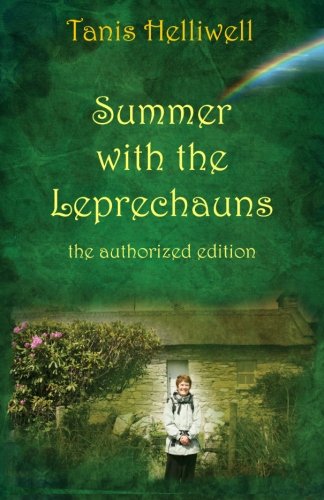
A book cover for Summer with the Leprechauns: the authorized edition; Tanis Helliwell; Religion & Spirituality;